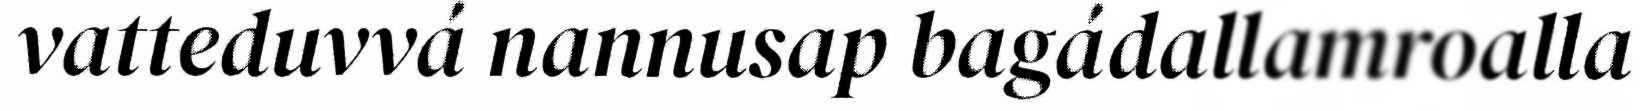
vatteduvvá nannusap bagádallamroalla